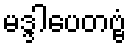
မဒ္ဒါပေတဗ္ဗံ